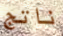
ناتج